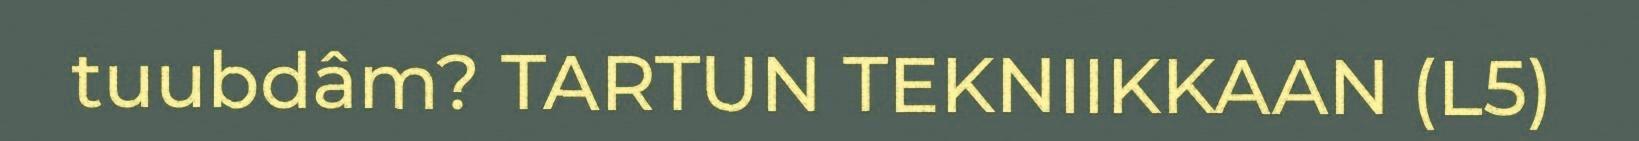
tuubdâm? TARTUN TEKNIIKKAAN (L5)